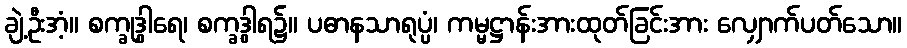
ချဲ့ဦးအံ့။ စက္ခုဒွါရေ၊ စက္ခဒွါရ၌။ ပဓာနသာရုပ္ပံ၊ ကမ္မဋ္ဌာန်းအားထုတ်ခြင်းအား လျှောက်ပတ်သော။